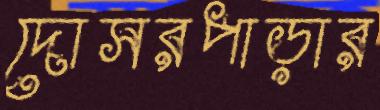
দোসরপাড়ার